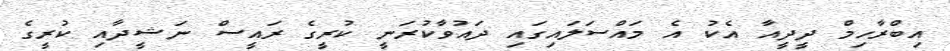
އިބްރާހިމް ދީދީއާ އެކު އެ މައްސަލައިގައި ދައުވާކުރަނީ ކުރީގެ ރައީސް ނަޝީދާއި ކުރީގެ